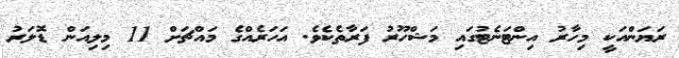
ރަޔަންއަކީ މިހާރު އިންޓަނެޓުގައި މަޝްހޫރު ފަރާތެކެވެ. އަހަރެއްގެ މައްޗަށް 11 މިލިއަން ޑޮލަރު